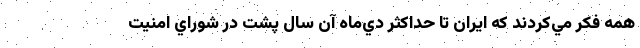
همه فكر مي‌كردند كه ايران تا حداكثر دي‌ماه آن سال پشت در شوراي امنيت